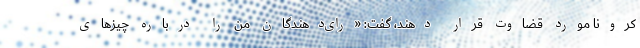
کرونا مورد قضاوت قرار دهند، گفت: «رای‌دهندگان من را درباره چیزهای